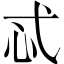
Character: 忒